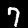
Digit: 7